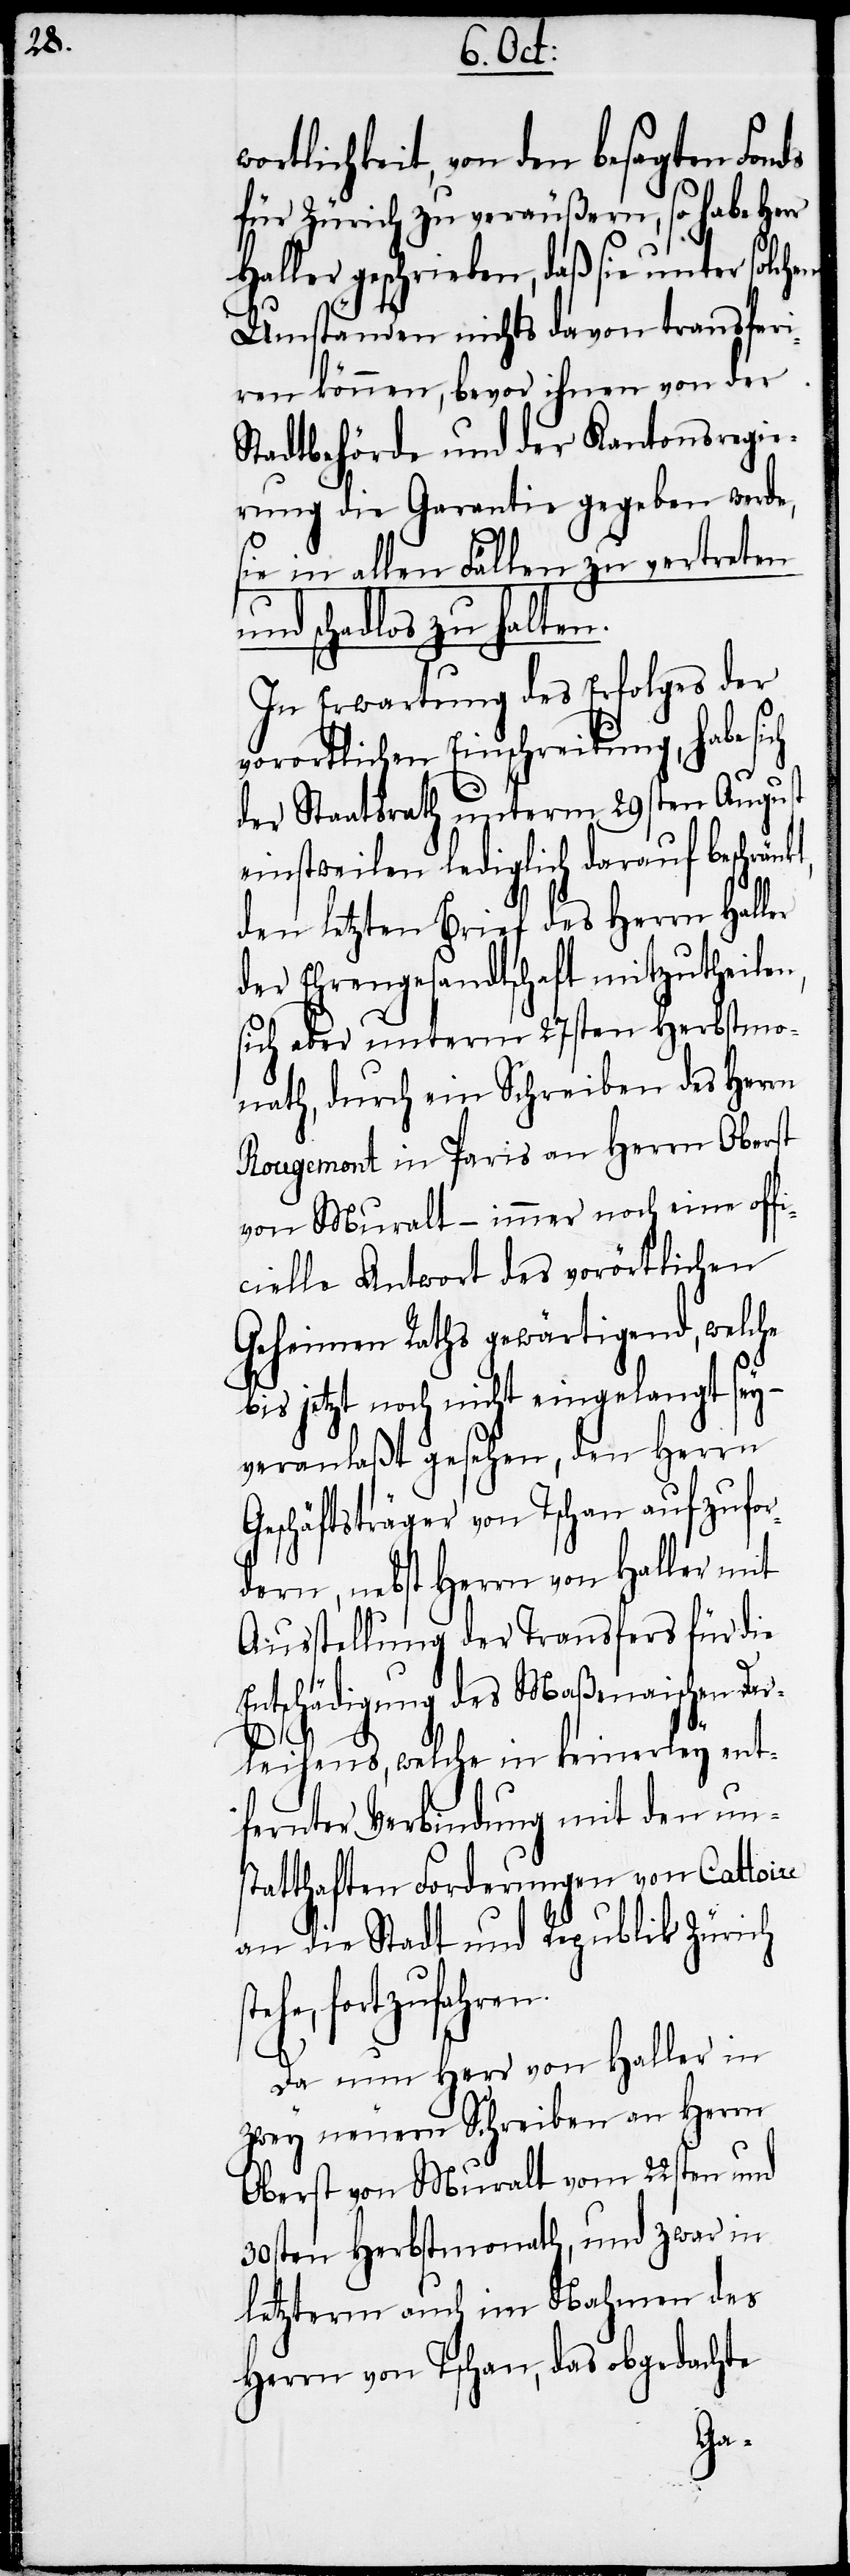
ortlichkeit, von den besagten Fonds
für Zürich zu veräußern, so habe Herr
Haller geschrieben, daß sie unter solch¬
Umständen nichts davon transferi¬
ren können, bevor ihnen von der
Stadtbehörde und der Kantonsregie¬
rung die Garantie gegeben werde,
sie in allen Fällen zu vertreten
und schadlos zu halten.
In Erwartung des Erfolges der
vorortlichen Einschreitung, habe sich
der Staatsrath unterm 28sten August
einstweilen lediglich darauf beschränkt,
den letzten Brief des Herrn Haller
der Ehrengesandtschaft mitzutheilen,
sich aber unterm 27sten Herbstmo¬
nath, durch ein Schreiben des Herrn
Rougemont in Paris an Herrn Oberst
von Muralt – immer noch eine off¬
icielle Antwort des vorörtlichen
Geheimen Raths gewärtigend, welche
bis jetzt noch nicht eingelangt sey
veranlaßt gesehen, den Herrn
Geschäftsträger von Tschan aufzufor¬
dern, nebst Herrn von Haller mit
Ausstellung der Transfers für die
Entschädigung des Maßenaischen Dar¬
leihens, welche in keinerley ent¬
fernter Verbindung mit den un¬
statthaften Forderungen von Cattoire
an die Stadt und Republik Zürich
he, fortzufahren.
Da nun Herr von Haller in
zwey neuern Schreiben an Herrn
Oberst von Muralt vom 22sten und
30sten Herbstmonath, und zwar in
letzterm auch im Nahmen des
Herrn von Tschan, das obgedachte
ste¬